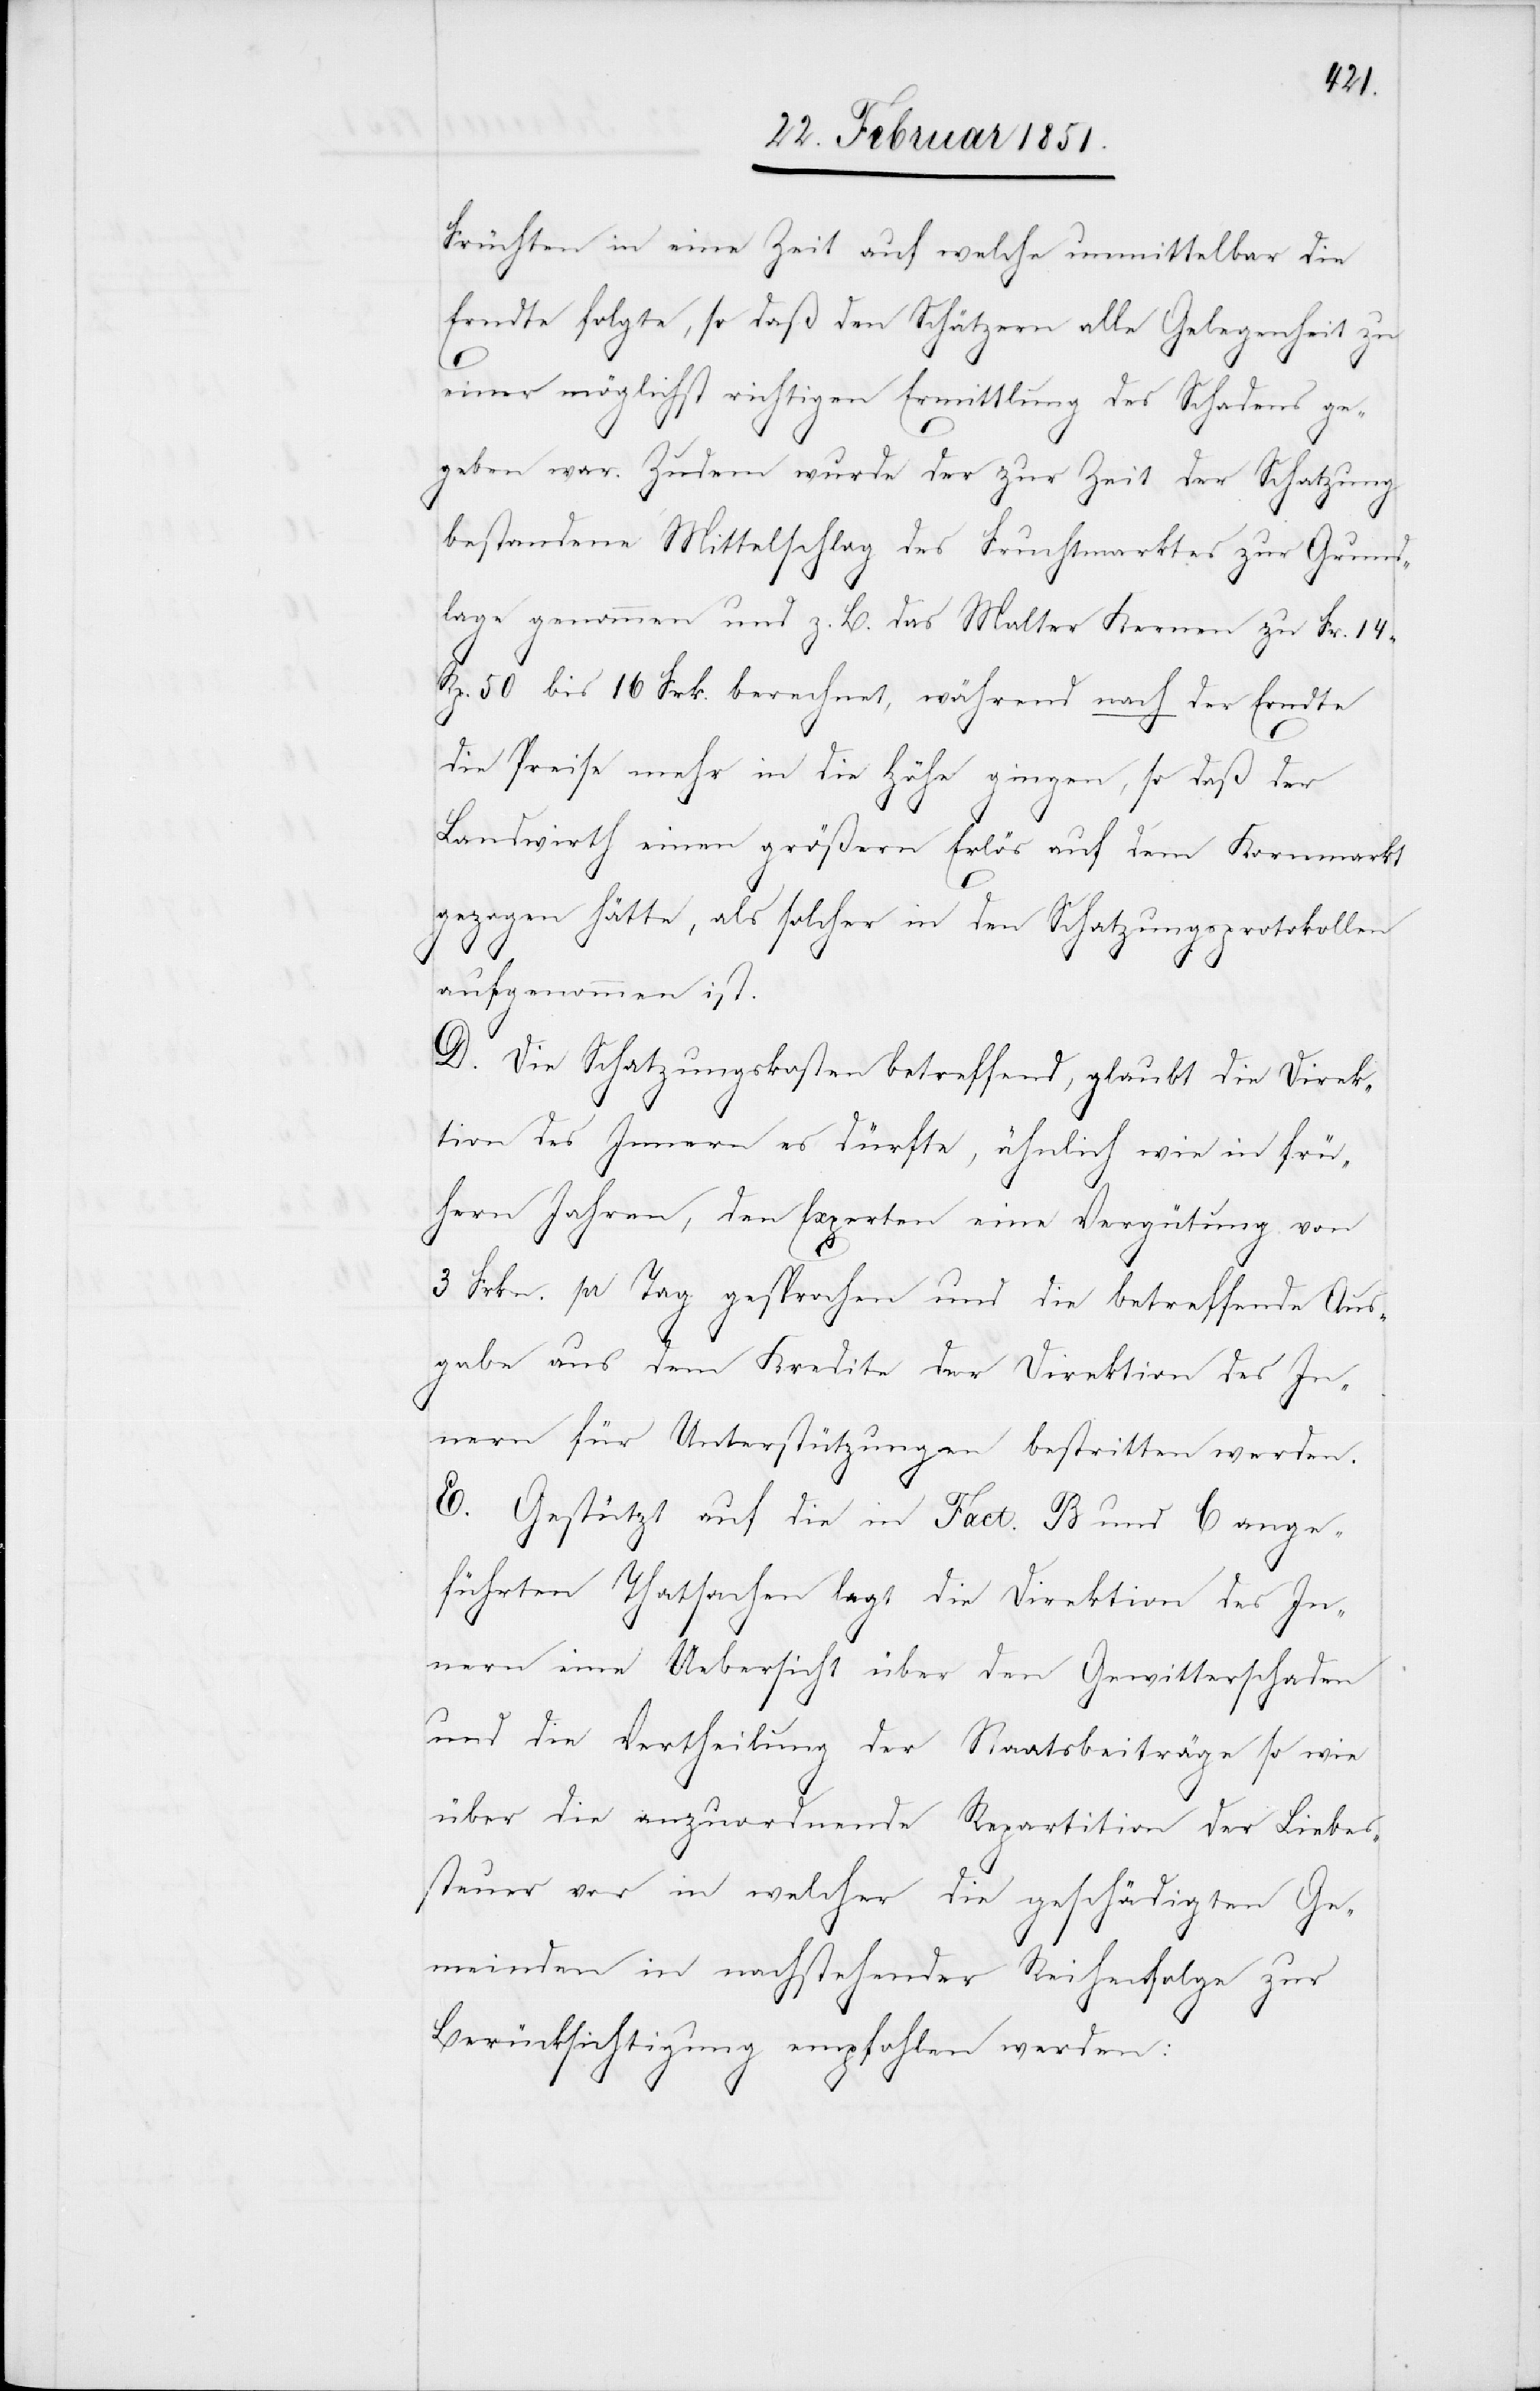
Früchten in eine Zeit auf welche unmittelbar die
Erndte folgte, so daß den Schätzern alle Gelegenheit zu
einer möglichst richtigen Ermittlung des Schadens ge¬
geben war. Zudem wurde der zur Zeit der Schatzung
bestandene Mittelschlag des Fruchtmarktes zur Grund¬
lage genommen und z. B. das Malter Kernen zu Fr. 14
Rp. 50 bis 16 Frk. berechnet, während nach der Erndte
die Preise mehr in die Höhe gingen, so daß der
Landwirth einen größern Erlös auf dem Kornmarkt
gezogen hätte, als solcher in den Schatzungsprotokollen
aufgenommen ist.
D. Die Schatzungskosten betreffend, glaubt die Direk¬
tion des Innern es dürfte, ähnlich wie in frü¬
hern Jahren, den Experten eine Vergütung von
3 Frkn. pr Tag gesprochen und die betreffende Aus¬
gabe aus dem Kredite der Direktion des In¬
nern für Unterstützungen bestritten werden.
E. Gestützt auf die in Fact. B und C ange¬
führten Thatsachen legt die Direktion des In¬
nern eine Uebersicht über den Gewitterschaden
und die Vertheilung der Staatsbeiträge so wie
über die anzuordnende Repartition der Liebes¬
steuer vor in welcher die geschädigten Ge¬
meinden in nachstehender Reihenfolge zur
Berücksichtigung empfohlen werden: